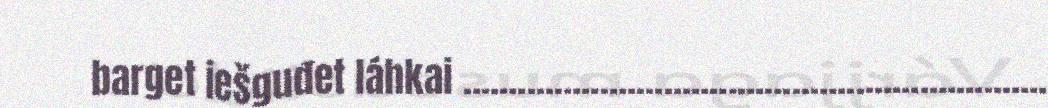
barget iešguđet láhkai ................................................................